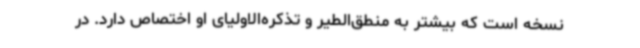
نسخه است که بیشتر به منطق‌الطیر و تذکره‌الاولیای او اختصاص دارد. در